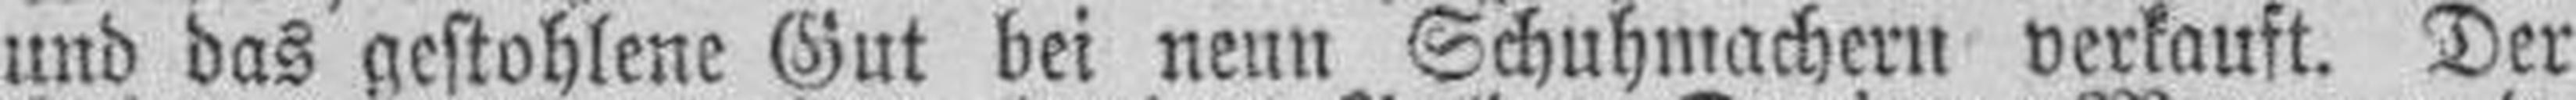
und das gestohlene Gut bei neun Schuhmachern verkauft. Der